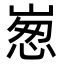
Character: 𡹸